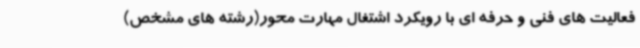
فعالیت های فنی و حرفه ای با رویکرد اشتغال مهارت محور(رشته های مشخص)